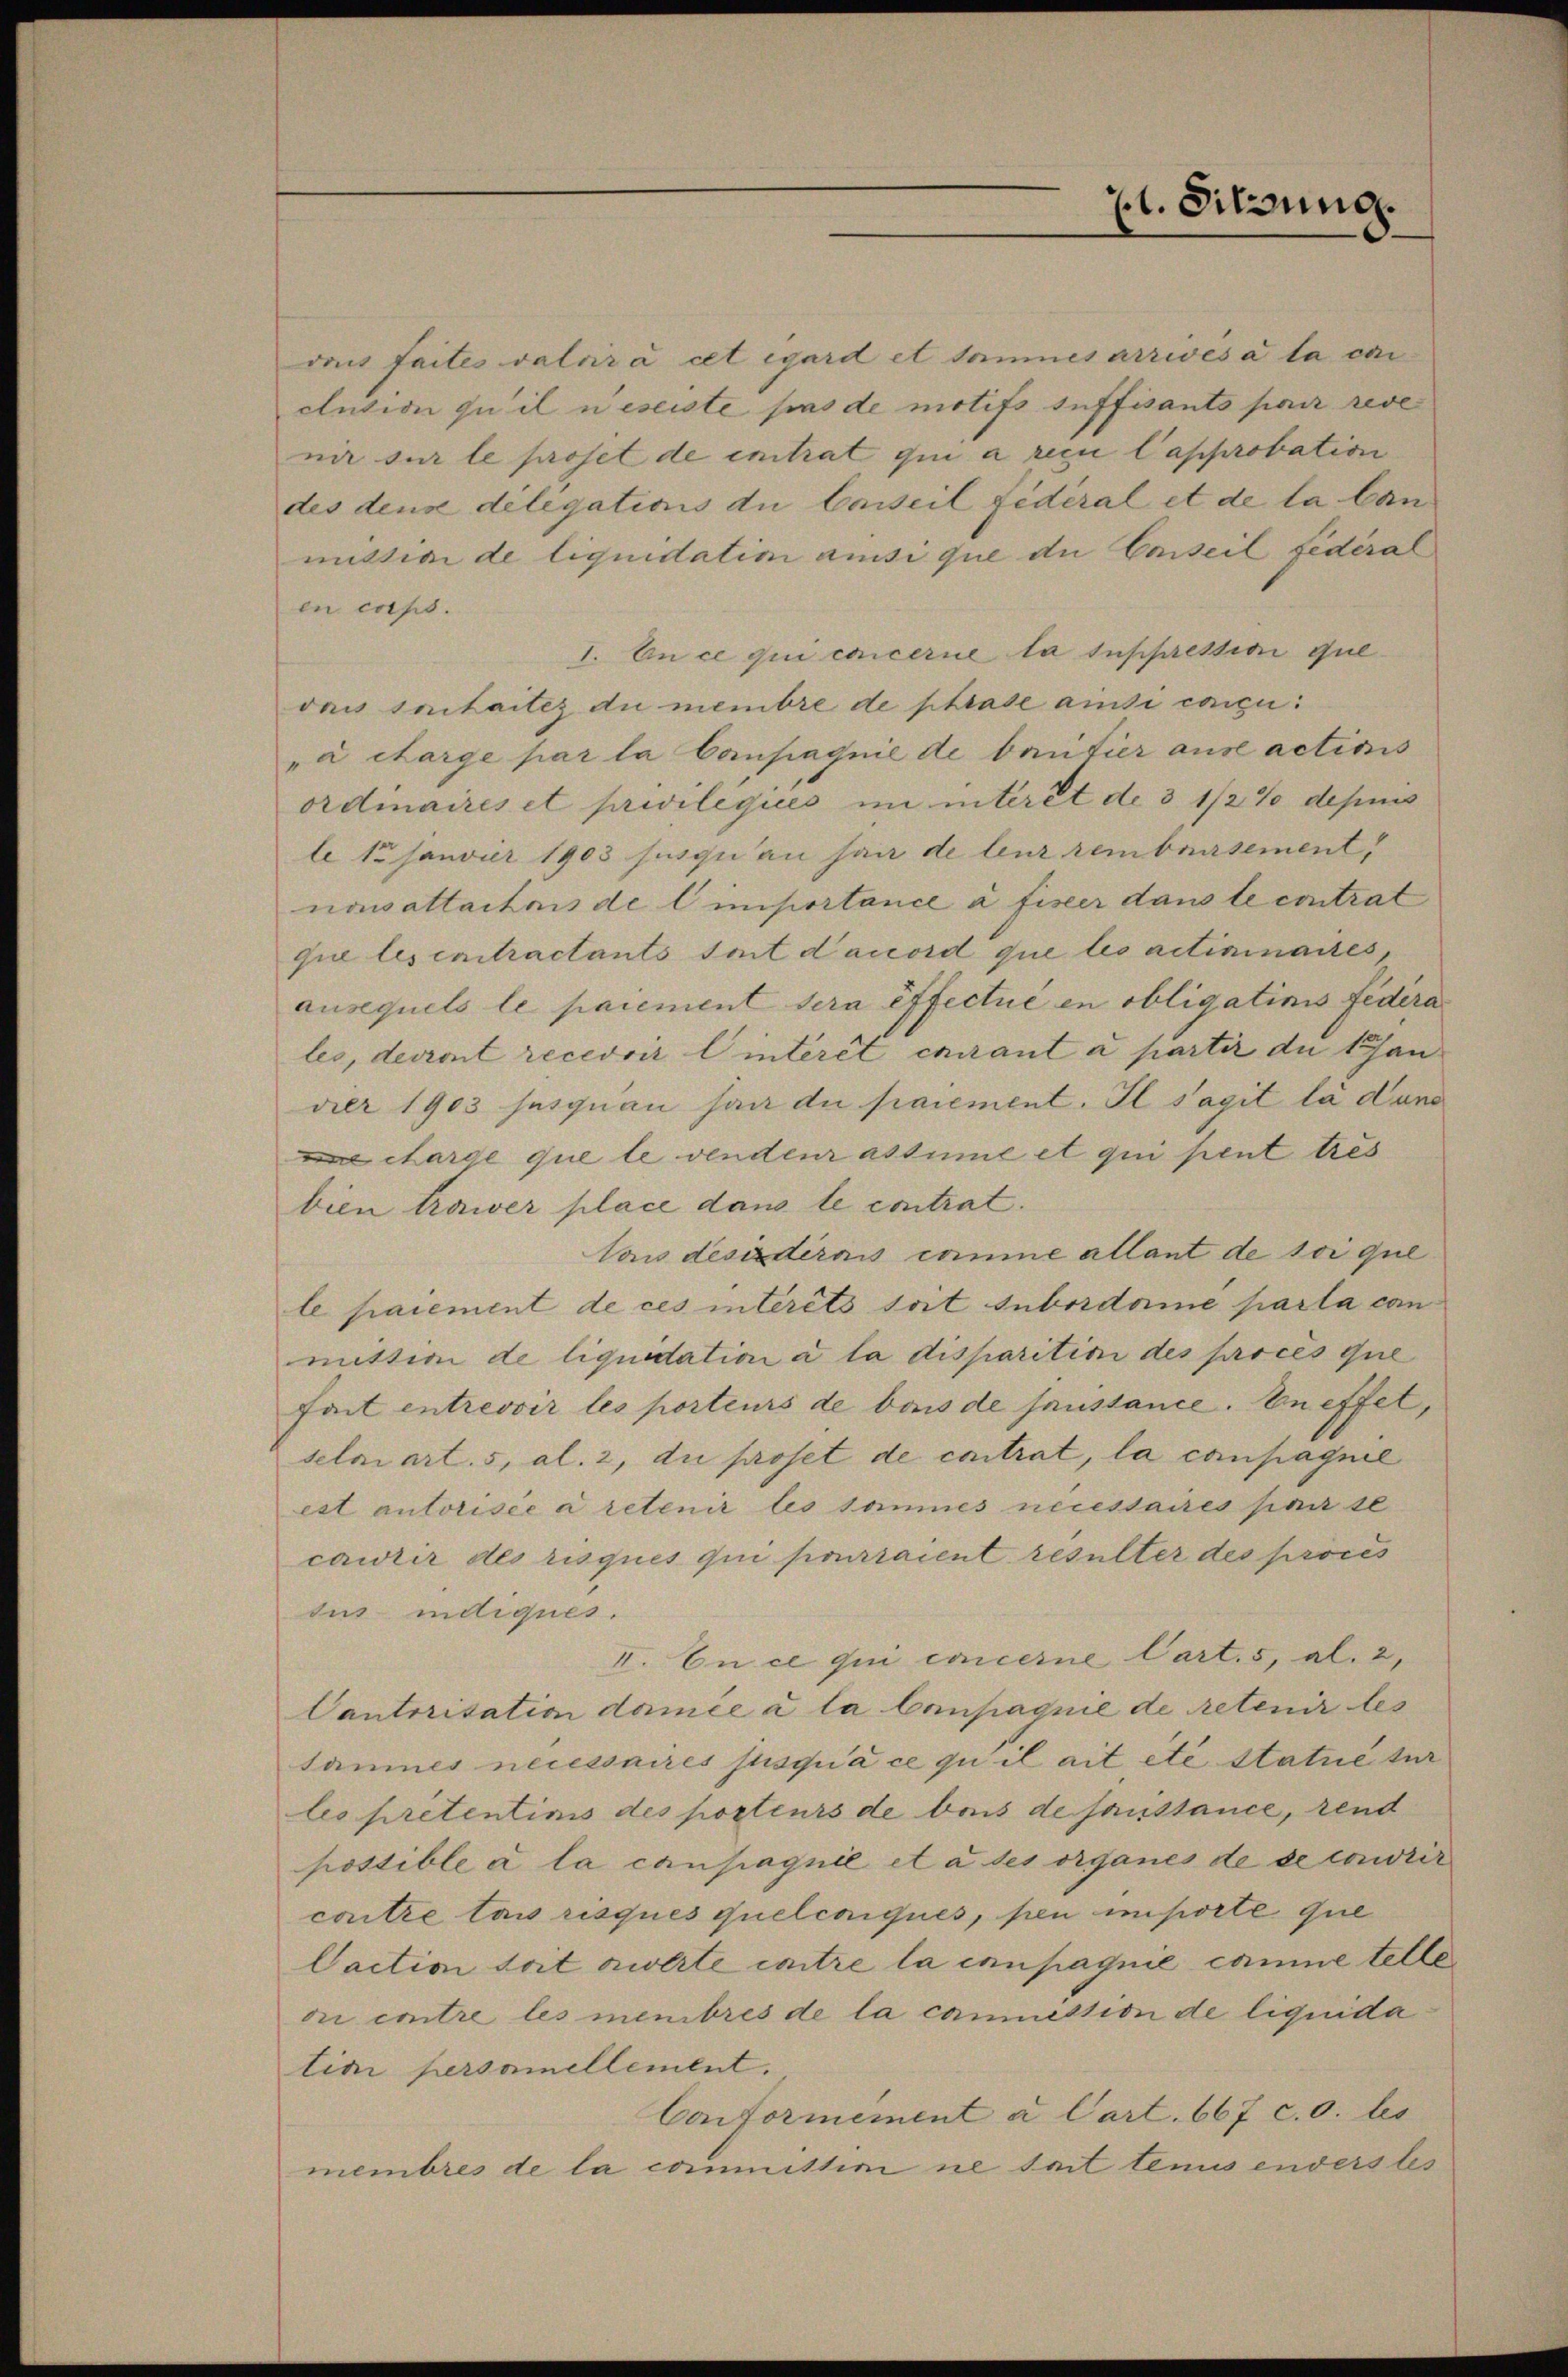
21. Sitzung.

en caps.
„à charge par la Campagnie de ventier aus acticis
ordmaires et privilegiies im intérêt de 3 1/2% depuis
le 13 Janvier 1903 jusquan han de leur remboursement
nawattactens de l’importance à fister dans le contrat
que les entractants sont dauord que les actiminaires,
ausequels le paiement sera effectué en obligatinis Federa
les, devront recevoir linteret curant à partir du schan
der 1903 susquau han die paiement. Il Sagit la dans
 charge que le vendenr assime et qui pent tres
bien trawer place dans le contrat.
Vons desidernis comme allant de soi que
le paiement de ces interets soit subordame parta can
mittion de liquidation a la disparition des proces que
fait entrevoir les porteurs de bonis de sanstance. En effet,
selmi art. 5, al. 2, die proset de contrat, la compagnie
est autorisée à retenir les sammes necessaires part se
cawrir des risques qui pourraient resulter des proces
sus indiques.
II. En ce qui concerne Cart. 5, Al. 2,
Cantorisation damée a la Campagnie de retenir les
samines necessaires jusqu’à ce qu’il ait etc statue ter
les pretentims des porteurs de bois de sanstance, rend
possible à la campagnie et à des organes de se courir
contre tas risques quelconqués, pen importe que
Caction soit awerte intre la campagnie comme telle
dii contre les membres de la commission de liquida
tian persamellement.
Conformément a Cart. 667 c.O. bes
membres de la committini ne seit tenus anderstes

vais faites valoir à cet égard et sammes arrivés à la cri
clution qu’il neseiste pas de motifs suffisants par reve
nir sur le proset de entrat qui a recu Capprobation
des dens délégations die Casseil fédéral et de la lanmistian de liquidatim ansi que die Conseil fédéral
1. An ce qui concerne la supprestian Guloni suitaites du membre de phrase ainsi concu